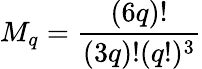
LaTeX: M_{q}={\frac{(6q)!}{(3q)!(q!)^{3}}}